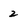
Character: 2